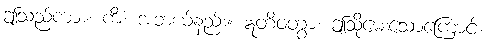
ဤသည်ကား။ ကိံ၊ အဘယ်နည်း။ ဣတိဝတွာ၊ ဤသို့မေးသောကြောင့်။